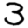
Digit: 3